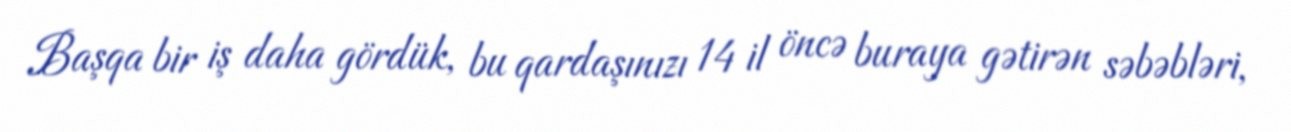
Başqa bir iş daha gördük, bu qardaşınızı 14 il öncə buraya gətirən səbəbləri,